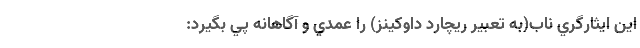
اين ايثارگري ناب(به تعبير ريچارد داوكينز) را عمدي و آگاهانه پي بگيرد: